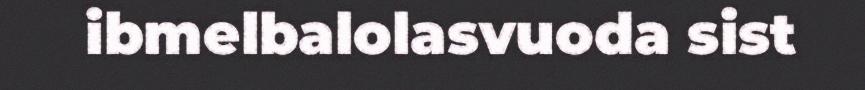
ibmelbalolasvuoda sist